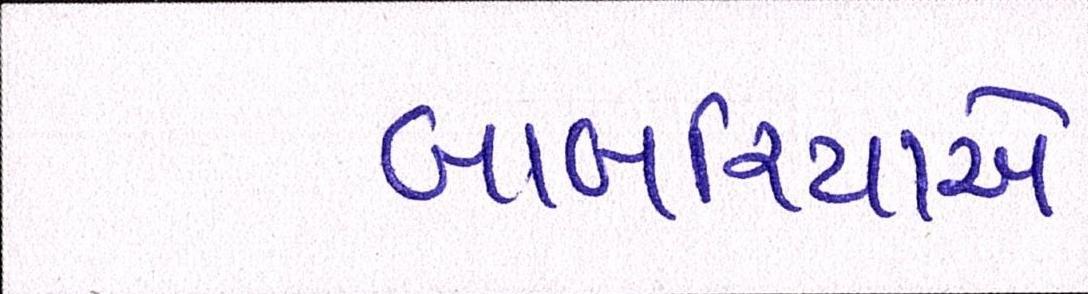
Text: બાબરિયાએ